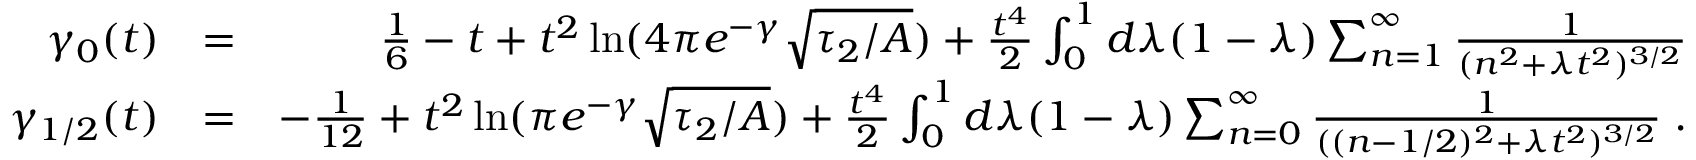
\begin{array} { r l r } { \gamma _ { 0 } ( t ) } & { = } & { { \frac { 1 } { 6 } } - t + t ^ { 2 } \ln ( 4 \pi e ^ { - \gamma } \sqrt { \tau _ { 2 } / A } ) + { \frac { t ^ { 4 } } { 2 } } \int _ { 0 } ^ { 1 } d \lambda ( 1 - \lambda ) \sum _ { n = 1 } ^ { \infty } { \frac { 1 } { ( n ^ { 2 } + \lambda t ^ { 2 } ) ^ { 3 / 2 } } } } \\ { \gamma _ { 1 / 2 } ( t ) } & { = } & { - { \frac { 1 } { 1 2 } } + t ^ { 2 } \ln ( \pi e ^ { - \gamma } \sqrt { \tau _ { 2 } / A } ) + { \frac { t ^ { 4 } } { 2 } } \int _ { 0 } ^ { 1 } d \lambda ( 1 - \lambda ) \sum _ { n = 0 } ^ { \infty } { \frac { 1 } { ( ( n - 1 / 2 ) ^ { 2 } + \lambda t ^ { 2 } ) ^ { 3 / 2 } } } \; . } \end{array}